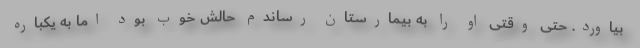
بیاورد. حتی وقتی او را به بیمارستان رساندم حالش خوب بود اما به یکباره